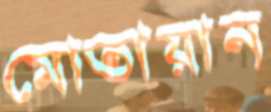
মোতায়ান